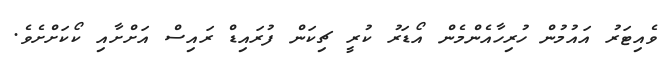
ވެއިޓަރު އައުމުން ހުރިހާއެންމެން އޯޑަރު ކުރީ ޗިކަން ފުރައިޑް ރައިސް އަށްށާއި ކޯކަށްށެވެ.